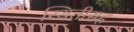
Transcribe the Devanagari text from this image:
स्थितीसह